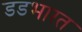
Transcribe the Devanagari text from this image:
डडभारत